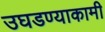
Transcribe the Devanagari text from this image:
उघडण्याकामी